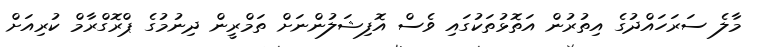
މާލެ ސަރަހައްދުގެ އިތުރުން އަތޮޅުތަކުގައި ވެސް އޮފިޝަލުންނަށް ތަމްރީން ދިނުމުގެ ޕްރޮގްރާމް ކުރިއަށް